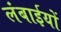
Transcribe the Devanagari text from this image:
लंबाईयों